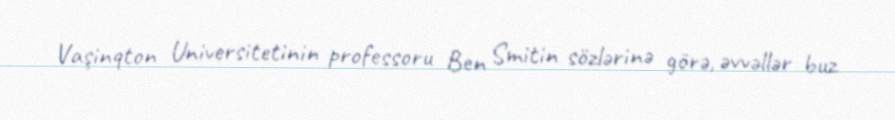
Vaşinqton Universitetinin professoru Ben Smitin sözlərinə görə, əvvəllər buz